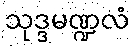
သုဒ္ဒမဏ္ဍလံ